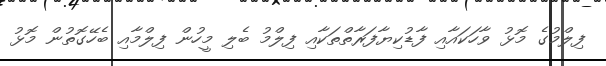
ފިލްމުގެ މޮޅު ވާހަކައާއި ފާޑުކިޔާފަރާތްތަކާއި ފިލްމު ބެލި މީހުން ފިލްމާއި ބެހޭގޮތުން މޮޅު